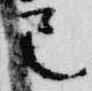
己